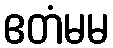
ဧတံမမ